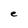
Character: e